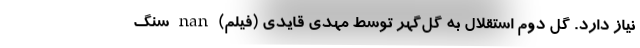
نیاز دارد. گل دوم استقلال به گل‌گهر توسط مهدی قایدی (فیلم) nan سنگ